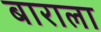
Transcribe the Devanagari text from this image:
बाराला